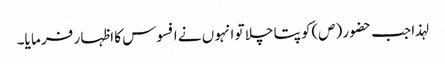
لہذا جب حضو ر (ص)کو پتا چلا تو انہو ں نے افسوس کا اظہا ر فر ما یا۔